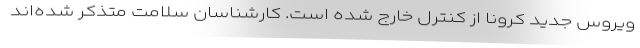
ویروس جدید کرونا از کنترل خارج شده است. کارشناسان سلامت متذکر شده‌اند